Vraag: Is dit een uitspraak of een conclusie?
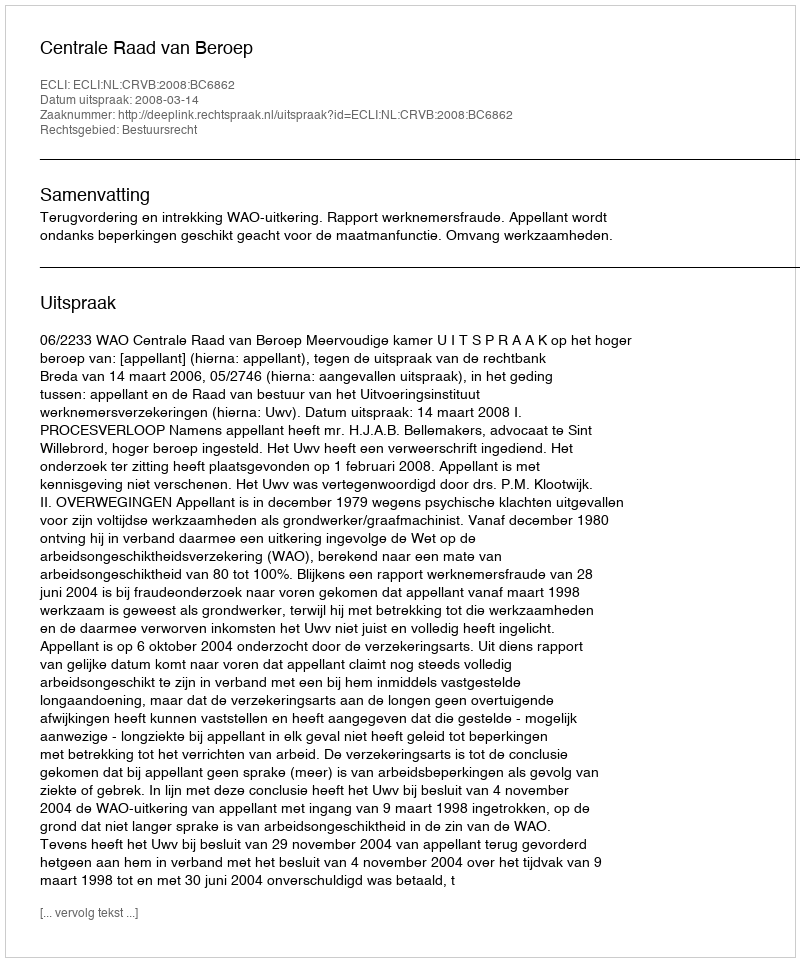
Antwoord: Uitspraak